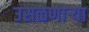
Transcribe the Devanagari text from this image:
उसळणार्‍या